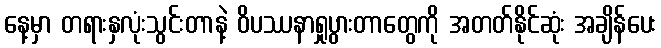
နေ့မှာ တရားနှလုံးသွင်းတာနဲ့ ဝိပဿနာရှုပွားတာတွေကို အတတ်နိုင်ဆုံး အချိန်ပေး